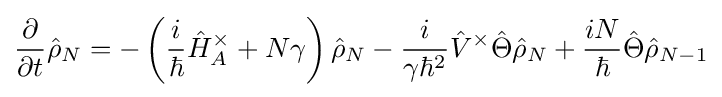
{\frac {\partial }{\partial t}}{\hat {\rho }}_{N}=-\left({\frac {i}{\hbar }}{\hat {H}}_{A}^{\times }+N\gamma \right){\hat {\rho }}_{N}-{i \over \gamma \hbar ^{2}}{\hat {V}}^{\times }{\hat {\Theta }}{\hat {\rho }}_{N}+{iN \over \hbar }{\hat {\Theta }}{\hat {\rho }}_{N-1}